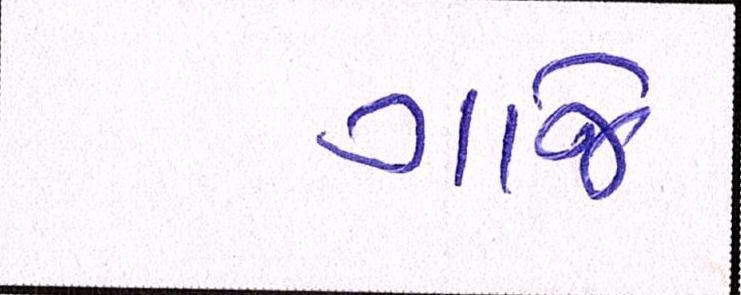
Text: ગાજે